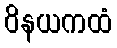
ဝိနယကထံ